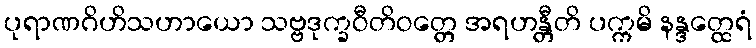
ပုရာဏဂိဟိသဟာယော သဗ္ဗဒုက္ခဝီတိဝတ္တေ အရဟန္တီတိ ပက္ကမိ နန္ဒတ္ထေရံ